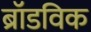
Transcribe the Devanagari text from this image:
ब्रॉडविक